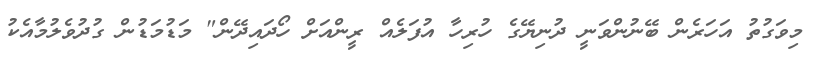
މިވަގުތު އަހަރެން ބޭނުންވަނީ ދުނިޔޭގެ ހުރިހާ އުފަލެއް ރީންއަށް ހޯދައިދޭން" މަޑުމަޑުން ގުދުވެލުމާއެކު